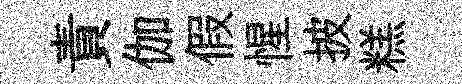
責伽假惺披糕